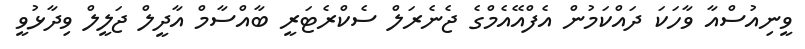
ވީނިއުސްއާ ވާހަކަ ދައްކަމުން އެފްއޭއެމްގެ ޖެނެރަލް ސެކްރެޓަރީ ބާއްސާމް އާދީލް ޖަލީލް ވިދާޅުވީ